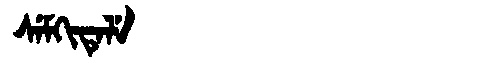
Manchu: ᠰᡝᠮᡴᡳᡨᡝᠯᡝ
Romanization: SEMKITELE